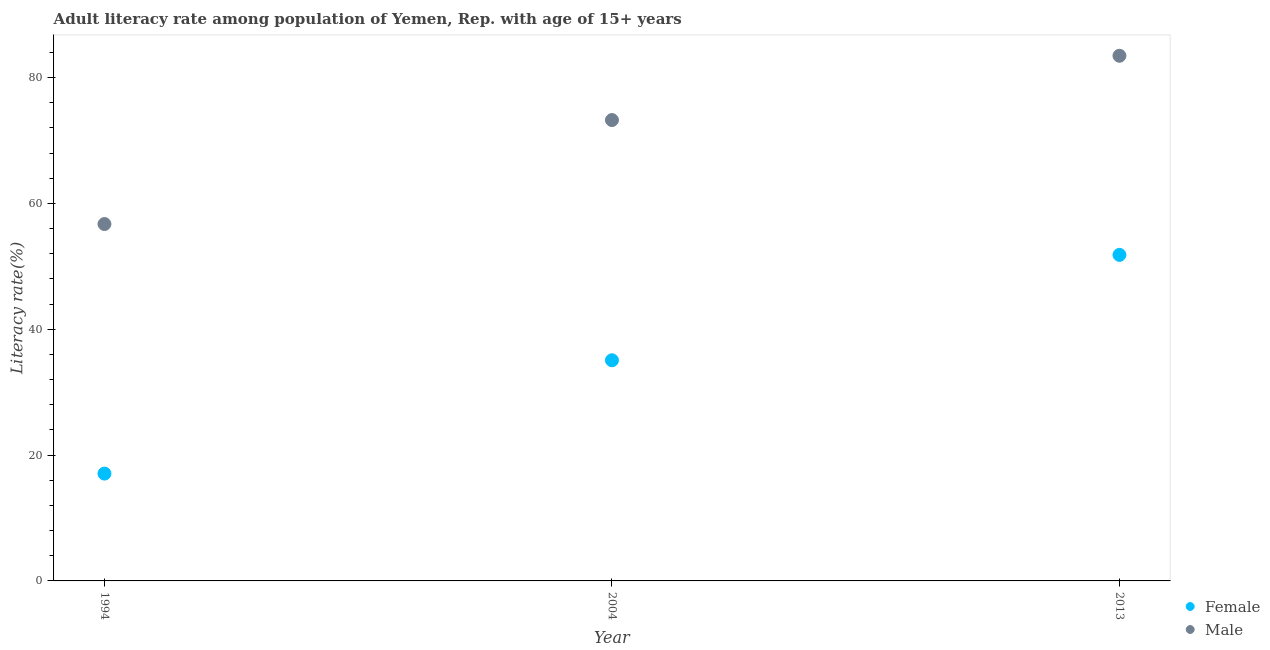
| Year | Female | Male |
 | --- | --- | --- |
 | 1994 | 17.1 | 56.7 |
 | 2004 | 35.1 | 73.3 |
 | 2013 | 51.8 | 83.5 |